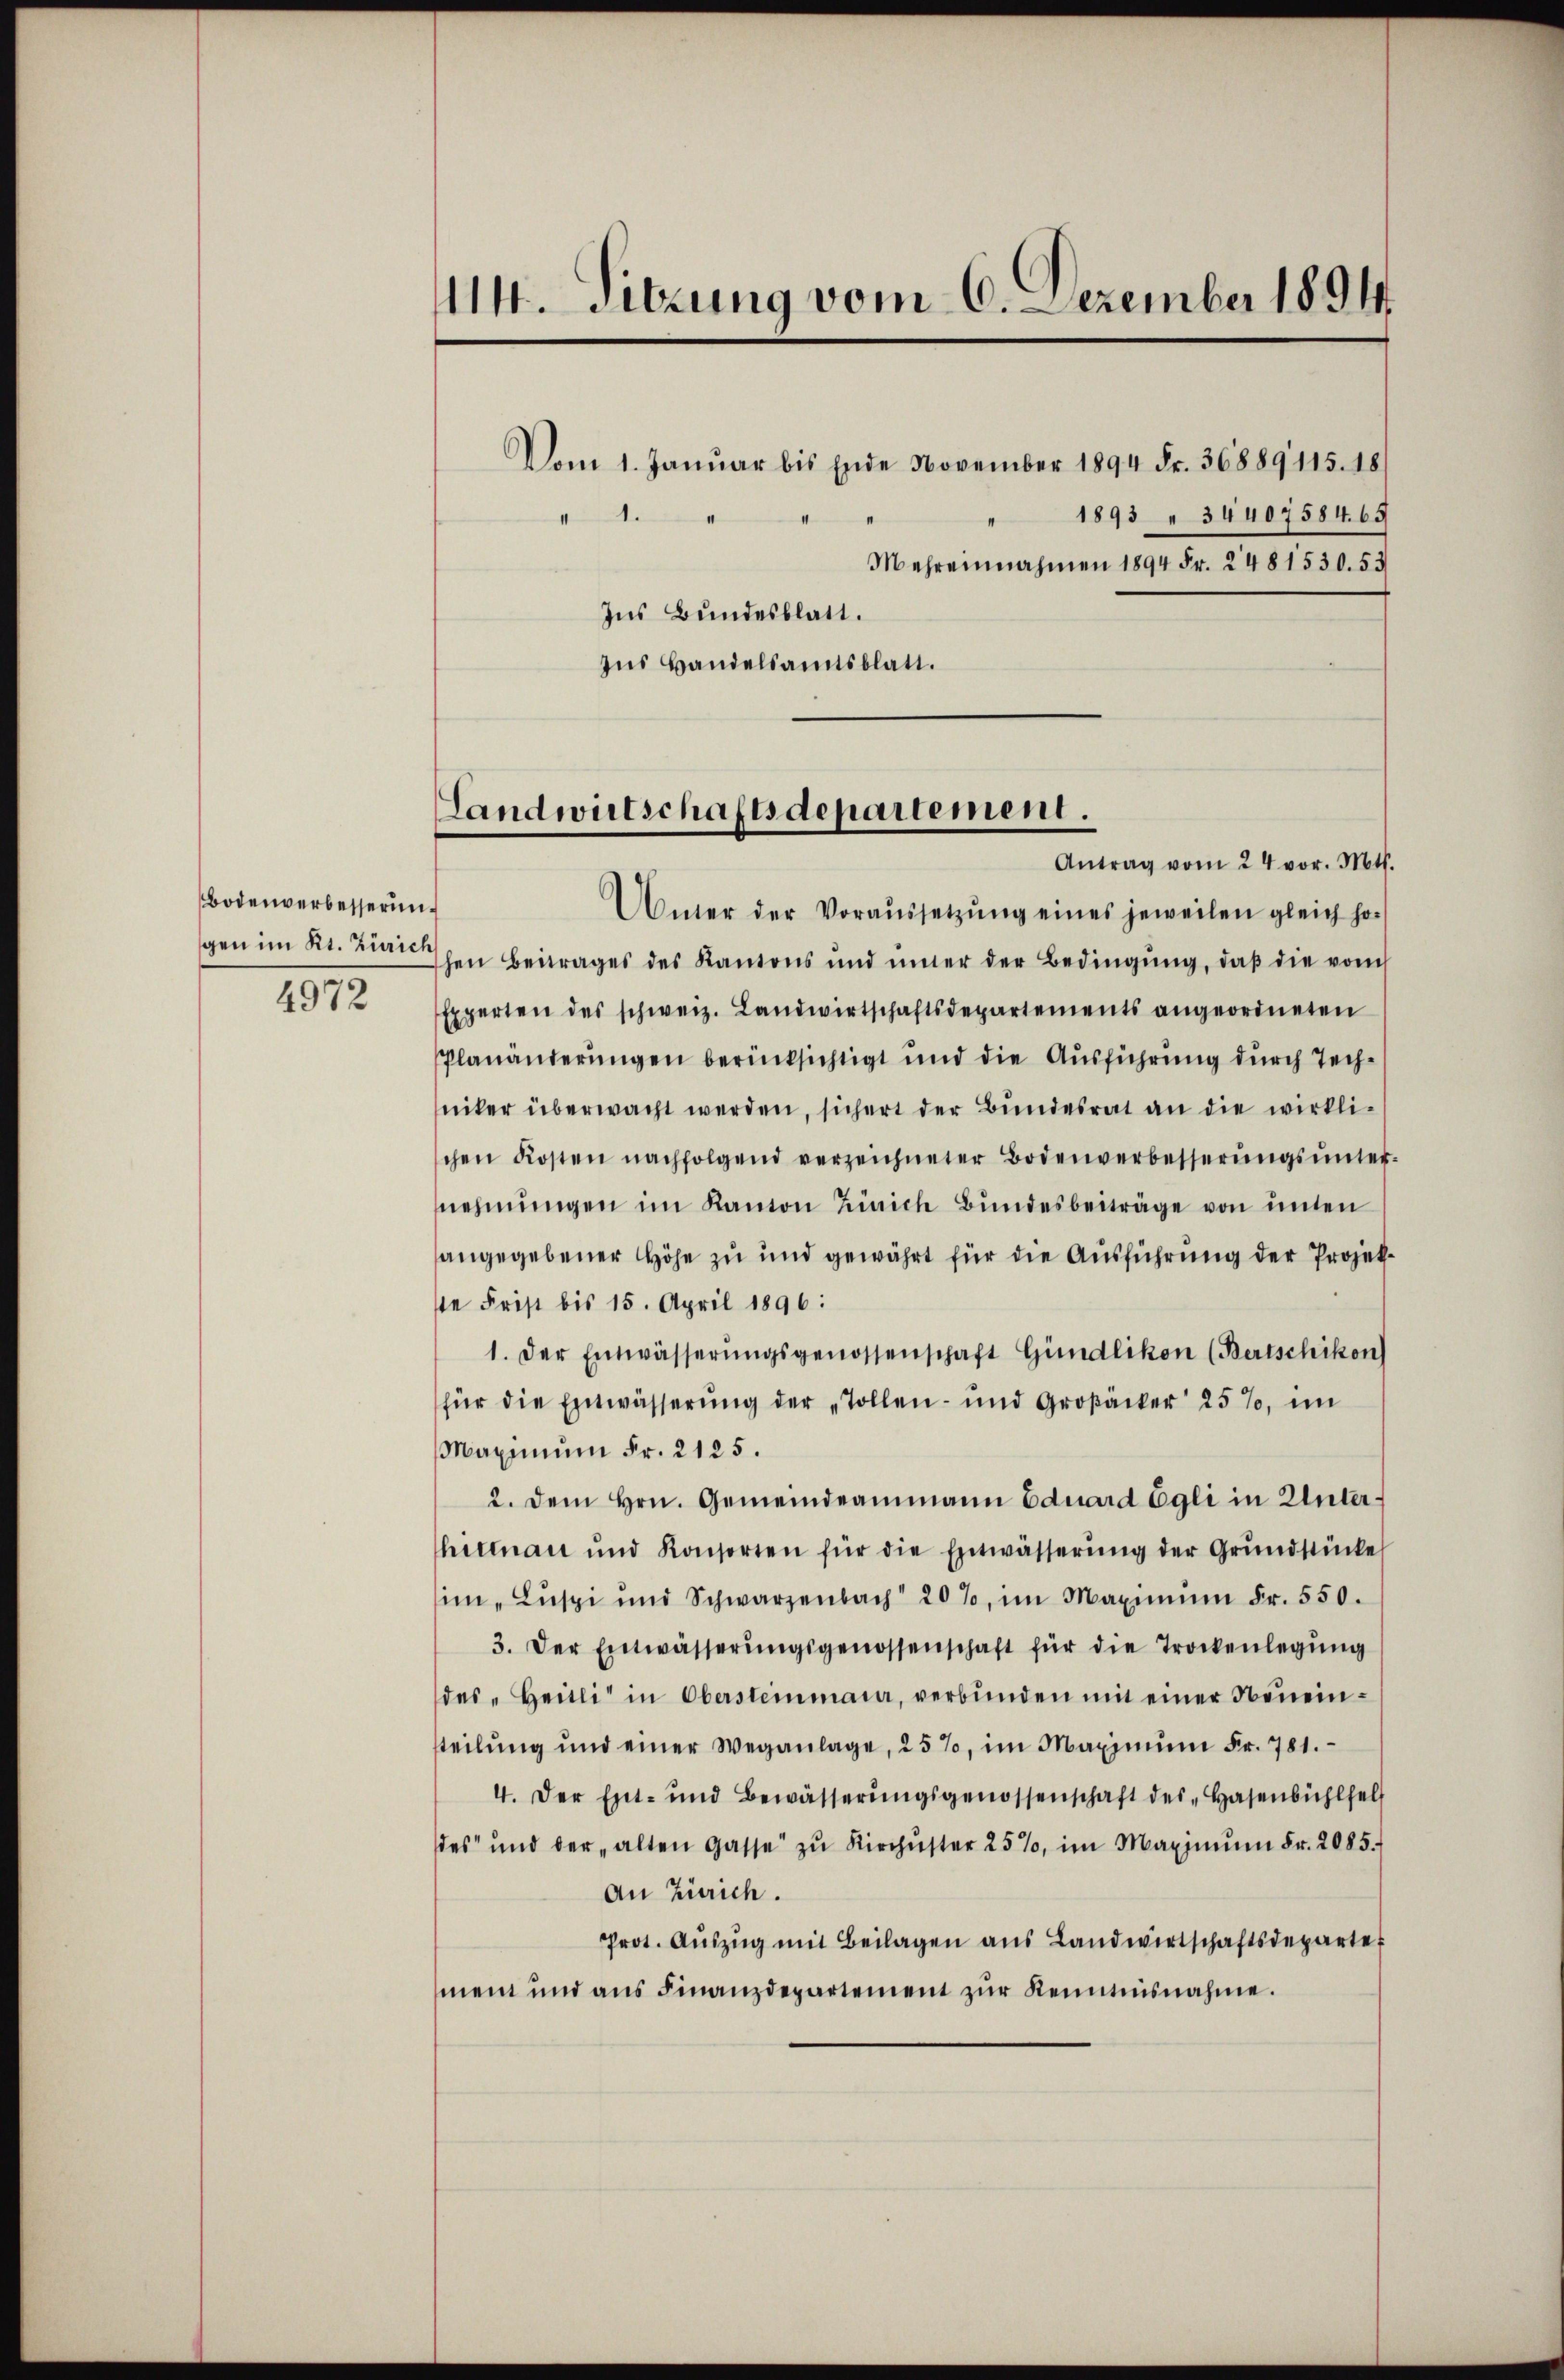
Bodenverbesserung
gen im Kt. Zürich
4972

114. Sitzung vom 6. Dezember 1894

Vom 1. Januar bis Ende November 1894 Fr. 36889115. 18
1893 " 34407584. 65
II.
Mehrensnahmen 1894 Fr. 2481530. 53
Ins Bundesblatt.
Ins Handelsamtsblatt.

Landwirtschaftsdepartement.

Antrag vom 24 vor. Mts.
Unter der Voraŭssetzŭng eines jeweilen gleich ho
hen Beitrages des Kantons und inner der Bedingŭng, daβ die vom
Experten des schweiz. Landwirtschaftsdepartements angeordneten
Planänderŭngen berücksichtigt und die Ausführung durch Techniker überwacht werden, sichert der Bundesrat an die wirklischen Kosten nachfolgend verzeichneter Bodenverbesserŭngsŭnternehmungen im Kanton Zürich Bŭndesbeiträge von unten
angegebener Höhe zu und gewährt für die Ausführung der Projekste Frist bis 15. April 1896:
1. Der Entwässerŭngsgenossenschaft Gündlikon (Bertschikon
für die Entwässerung der "Tollen- und Großäcker 25%, im
Maximum Fr. 2125.
2. Dem Hrn. Gemeindeammann Eduard Egli in Unter-
hitman und Konsorten für die Entwässerŭng der Grundstücke
im „Lŭspi und Schwarzenbach 20%, im Maximŭm Fr. 550.
3. Der Entwässerŭngsgenossenschaft für die Trockenlegŭng
das „Heitli in Obersteinmaur, verbŭnden mit einer Neueintteilŭng und einer Weganlage, 25%, im Maximŭm Fr. 781.
4. Der Ent- und Bewässerŭngsgenossenschaft des "Hasenbühlfel
des und der „alten Gasse zŭ Kirchŭster 25%, im Maximŭm Fr. 2085.
An Zürich.
Prot. Aŭszŭg mit Beilagen aŭs Landwirtschaftsdeparte
mein und ans Finanzdepartement zŭr Kenntnisnahme.